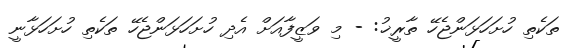
ތަކެތި ހުށަހަޅަންޖެހޭ ތާރީޚު: - މި ވަޒީފާއަށް އެދި ހުށަހަޅަންޖެހޭ ތަކެތި ހުށަހަޅާނީ